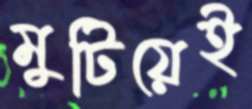
মুটিয়েই